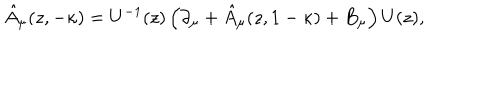
LaTeX: \hat { A } _ { \mu } ( z , - \kappa ) = U ^ { - 1 } ( z ) \left( \partial _ { \mu } + \hat { A } _ { \mu } ( z , 1 - \kappa ) + B _ { \mu } \right) U ( z ) ,